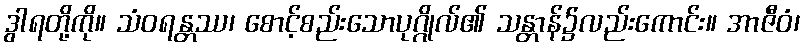
ဒွါရတို့ကို။ သံဝရန္တဿ၊ စောင့်စည်းသောပုဂ္ဂိုလ်၏ သန္တာန်၌လည်းကောင်း။ အာဇီဝံ၊